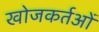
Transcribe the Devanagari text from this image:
खोजकर्तओं